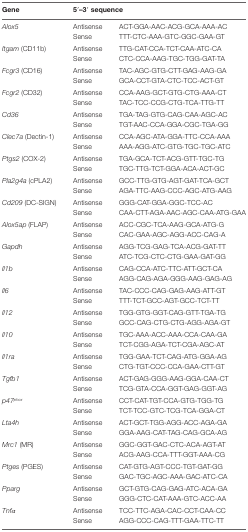
<table><thead><tr><td><b>Gene</b></td><td><b>5′–3′ sequence</b></td><td></td></tr></thead><tbody><tr><td><i>Alox5</i></td><td>Antisense</td><td>ACT-GGA-AAC-ACG-GCA-AAA-AC</td></tr><tr><td></td><td>Sense</td><td>TTT-CTC-AAA-GTC-GGC-GAA-GT</td></tr><tr><td><i>Itgam</i> (CD11b)</td><td>Antisense</td><td>TTG-CAT-CCA-TCT-CAA-ATC-CA</td></tr><tr><td></td><td>Sense</td><td>CTC-CCA-AAG-TGC-TGG-GAT-TA</td></tr><tr><td><i>Fcgr3</i> (CD16)</td><td>Antisense</td><td>TAC-AGC-GTG-CTT-GAG-AAG-GA</td></tr><tr><td></td><td>Sense</td><td>GCA-CCT-GTA-CTC-TCC-ACT-GT</td></tr><tr><td><i>Fcgr2</i> (CD32)</td><td>Antisense</td><td>CCA-AAG-GCT-GTG-CTG-AAA-CT</td></tr><tr><td></td><td>Sense</td><td>TAC-TCC-CCG-CTG-TCA-TTG-TT</td></tr><tr><td><i>Cd36</i></td><td>Antisense</td><td>TGA-TAG-GTG-CAG-CAA-AGC-AC</td></tr><tr><td></td><td>Sense</td><td>TGT-AAC-CCA-GGA-CGC-TGA-GG</td></tr><tr><td><i>Clec7a</i> (Dectin-1)</td><td>Antisense</td><td>CCA-AGC-ATA-GGA-TTC-CCA-AAA</td></tr><tr><td></td><td>Sense</td><td>AAA-AGG-ATC-GTG-TGC-TGC-ATC</td></tr><tr><td><i>Ptgs2</i> (COX-2)</td><td>Antisense</td><td>TGA-GCA-TCT-ACG-GTT-TGC-TG</td></tr><tr><td></td><td>Sense</td><td>TGC-TTG-TCT-GGA-ACA-ACT-GC</td></tr><tr><td><i>Pla2g4a</i> (cPLA2)</td><td>Antisense</td><td>GCC-TTG-GTG-AGT-GAT-TCA-GCT</td></tr><tr><td></td><td>Sense</td><td>AGA-TTC-AAG-CCC-AGC-ATG-AAG</td></tr><tr><td><i>Cd209</i> (DC-SIGN)</td><td>Antisense</td><td>GGG-CAT-GGA-GGC-TCC-AC</td></tr><tr><td></td><td>Sense</td><td>CAA-CTT-AGA-AAC-AGC-CAA-ATG-GAA</td></tr><tr><td><i>Alox5ap</i> (FLAP)</td><td>Antisense</td><td>ACC-CGC-TCA-AAG-GCA-ATG-G</td></tr><tr><td></td><td>Sense</td><td>CAC-GAA-AGC-AGG-ACC-CAG-A</td></tr><tr><td><i>Gapdh</i></td><td>Antisense</td><td>AGG-TCG-GAG-TCA-ACG-GAT-TT</td></tr><tr><td></td><td>Sense</td><td>ATC-TCG-CTC-CTG-GAA-GAT-GG</td></tr><tr><td><i>Il1b</i></td><td>Antisense</td><td>CAG-CCA-ATC-TTC-ATT-GCT-CA</td></tr><tr><td></td><td>Sense</td><td>AGG-CAG-AGA-GGG-AAG-GAG-AG</td></tr><tr><td><i>Il6</i></td><td>Antisense</td><td>TAC-CCC-CAG-GAG-AAG-ATT-GT</td></tr><tr><td></td><td>Sense</td><td>TTT-TCT-GCC-AGT-GCC-TCT-TT</td></tr><tr><td><i>Il12</i></td><td>Antisense</td><td>TGG-GTG-GGT-CAG-GTT-TGA-TG</td></tr><tr><td></td><td>Sense</td><td>GCC-CAG-CTG-CTG-AGG-AGA-GT</td></tr><tr><td><i>Il10</i></td><td>Antisense</td><td>TGC-AAA-ACC-AAA-CCA-CAA-GA</td></tr><tr><td></td><td>Sense</td><td>TCT-CGG-AGA-TCT-CGA-AGC-AT</td></tr><tr><td><i>Il1ra</i></td><td>Antisense</td><td>TGG-GAA-TCT-CAG-ATG-GGA-AG</td></tr><tr><td></td><td>Sense</td><td>CTG-TGT-CCC-CCA-GAA-CTT-GT</td></tr><tr><td><i>Tgfb1</i></td><td>Antisense</td><td>ACT-GAG-GGG-AAG-GGA-CAA-CT</td></tr><tr><td></td><td>Sense</td><td>TCG-GTA-CCA-GGT-GAG-GGT-AG</td></tr><tr><td><i>p47<sup>phox</sup></i></td><td>Antisense</td><td>CCT-CAT-TGT-CCA-GTG-TGG-TG</td></tr><tr><td></td><td>Sense</td><td>TCT-TCC-GTC-TCG-TCA-GGA-CT</td></tr><tr><td><i>Lta4h</i></td><td>Antisense</td><td>ACT-GCT-TGG-AGG-ACC-AGA-GA</td></tr><tr><td></td><td>Sense</td><td>GGA-AAG-CAT-TAG-CAG-GCA-AG</td></tr><tr><td><i>Mrc1</i> (MR)</td><td>Antisense</td><td>GGC-GGT-GAC-CTC-ACA-AGT-AT</td></tr><tr><td></td><td>Sense</td><td>ACG-AAG-CCA-TTT-GGT-AAA-CG</td></tr><tr><td><i>Ptges</i> (PGES)</td><td>Antisense</td><td>CAT-GTG-AGT-CCC-TGT-GAT-GG</td></tr><tr><td></td><td>Sense</td><td>GAC-TGC-AGC-AAA-GAC-ATC-CA</td></tr><tr><td><i>Pparg</i></td><td>Antisense</td><td>GCT-GTG-CAG-GAG-ATC-ACA-GA</td></tr><tr><td></td><td>Sense</td><td>GGG-CTC-CAT-AAA-GTC-ACC-AA</td></tr><tr><td><i>Tnfα</i></td><td>Antisense</td><td>TCC-TTC-AGA-CAC-CCT-CAA-CC</td></tr><tr><td></td><td>Sense</td><td>AGG-CCC-CAG-TTT-GAA-TTC-TT</td></tr></tbody></table>